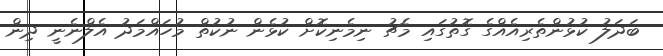
ބަދަލު ކުޅުންތެރިއެއްގެ ގޮތުގައި މެޗު ނިމެނިކޮށް ކުޅެން ނުކުތް މުހައްމަދު އެލްނެނީ ދިން